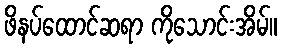
ဖိနပ်ထောင်ဆရာ ကိုသောင်းအိမ်။